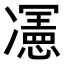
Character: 𭂦